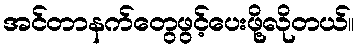
အင်တာနက်တွေဖွင့်ပေးဖို့လိုတယ်။